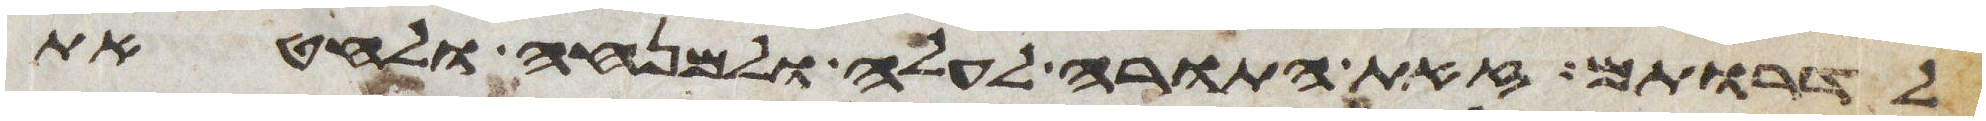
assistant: לדרותם זאת התורה לעלה ולמנחה ולחטאת